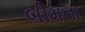
બીમના